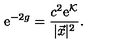
\mathrm { e } ^ { - 2 g } = { \frac { c ^ { 2 } \mathrm { e } ^ { { \cal K } } } { | \vec { x } | ^ { 2 } } } .